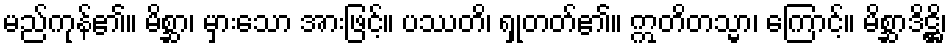
မည်ကုန်၏။ မိစ္ဆာ၊ မှားသော အားဖြင့်။ ပဿတိ၊ ရှုတတ်၏။ ဣတိတသ္မာ၊ ကြောင့်။ မိစ္ဆာဒိဋ္ဌိ၊